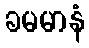
ခမမာနံ